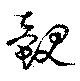
覿